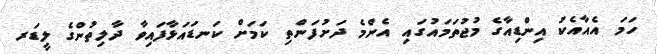
ހަމަ އެއާއެކު އިންޑިއާގެ މުޖުތަމައުގައި އެންމެ ދަށުފަންތި ކަމަށް ކަނޑައަޅާފައިވާ ދާލިތުންގެ ލީޑަރ